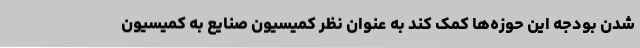
شدن بودجه این حوزه‌ها کمک کند به عنوان نظر کمیسیون صنایع به کمیسیون